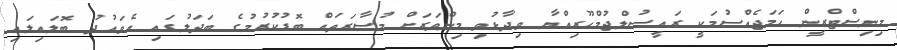
މިނިސްޓްރީން ހަމަޖެއްސުމަކީ ރައީސުލްޖުމްހޫރިއްޔާ ވިދާޅުވި މިންވަރަށް މުސާރަތައް ބޮޑުކުރުމުގެ ބަދަލުގައި އެވައުދު ބޮލައިލައި